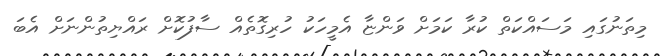
މިތަނުގައި މަސައްކަތް ކުރާ ކަމަށް ވަންޏާ އެމީހަކު ހުރިގޮތެއް ސާފުކޮށް ރައްޔިތުންނަށް އެބަ